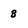
Character: 8